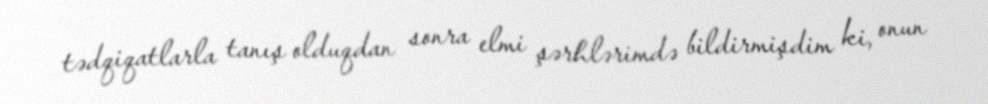
tədqiqatlarla tanış olduqdan sonra elmi şərhlərimdə bildirmişdim ki, onun